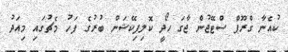
ކުއެނާ ގްރޫޕް ސްޓޭޖުން ޖާގަ ހޯދީ ކޮލިފިކޭޝަން ބުރުގެ ފަހު މެޗުގައި މިއަދު